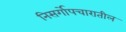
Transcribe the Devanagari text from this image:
निसर्गोपचारातील